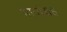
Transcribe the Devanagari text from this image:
भावांसह